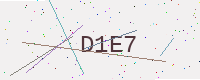
Text: D1E7